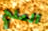
الملح